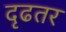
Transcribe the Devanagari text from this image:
दृढतर